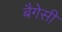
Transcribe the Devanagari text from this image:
बैगेसी